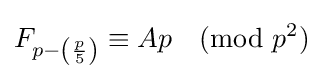
F_{p-\left({\frac {p}{5}}\right)}\equiv Ap{\pmod {p^{2}}}